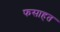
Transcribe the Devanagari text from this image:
फसाहत